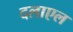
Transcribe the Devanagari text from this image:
दलाएल